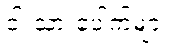
ငါးသားပေါက်များ